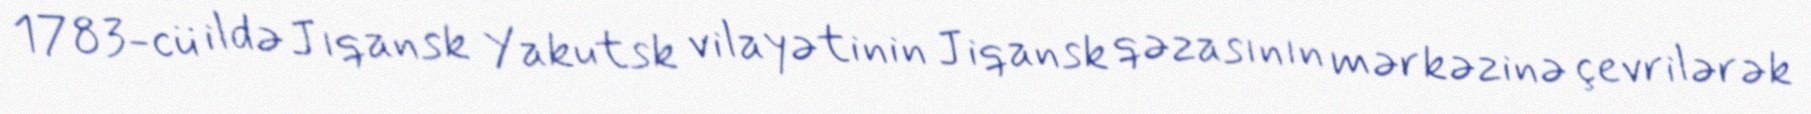
1783-cü ildə Jıqansk Yakutsk vilayətinin Jiqansk qəzasının mərkəzinə çevrilərək